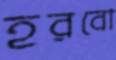
হরবো